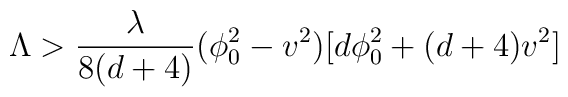
\Lambda > {\lambda \over 8(d+4)} (\phi_0^2 -v^2) [d \phi_0^2 +(d+4)v^2]